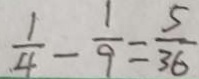
\frac { 1 } { 4 } - \frac { 1 } { 9 } = \frac { 5 } { 3 6 }